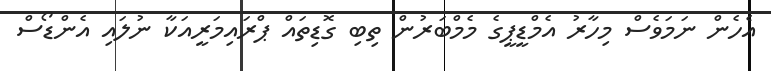
އެހެން ނަމަވެސް މިހާރު އެމްޑީޕީގެ މެމްބަރުން ތިބި ގޮޑިތައް ޕްރައިމަރީއަކާ ނުލައި އެންޑޯސް